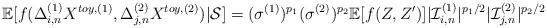
LaTeX: \begin{align*}\mathbb{E}[f(\Delta_{i,n}^{(1)}X^{toy,(1)},\Delta_{j,n}^{(2)}X^{toy,(2)})|\mathcal{S}]=(\sigma^{(1)} )^{p_1}(\sigma^{(2)})^{p_2}\mathbb{E}[f(Z,Z')]|\mathcal{I}_{i,n}^{(1)}|^{p_1/2}|\mathcal{I}_{j,n}^{(2)}|^{p_2/2}\end{align*}